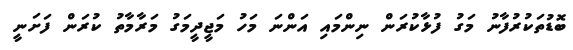
ބޮޑުތަކުރުފާނު މަގު ފުޅާކުރަން ނިންމައި އަންނަ މަހު މަޖީދީމަގު މަރާމާތު ކުރަން ފަށަނީ